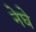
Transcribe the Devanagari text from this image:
नेघे